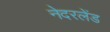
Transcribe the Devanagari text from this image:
नेदरलेंड